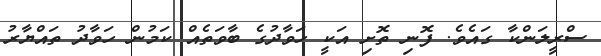
ސްރީލަންކާ ގައެވެ. ފޮނި ތޮށި އަކީ ހަވާދުގެ ބާވަތެއް ކަމުން ހަވާދު ތައްޔާރު